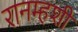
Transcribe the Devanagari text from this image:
रानम्हशी